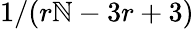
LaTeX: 1/(r\mathbb{N}-3r+3)